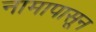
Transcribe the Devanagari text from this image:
नामापासून